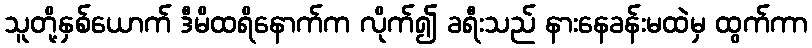
သူတို့နှစ်ယောက် ဒီမိထရိနောက်က လိုက်၍ ခရီးသည် နားနေခန်းမထဲမှ ထွက်ကာ